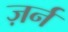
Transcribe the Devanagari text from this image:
ज़र्न